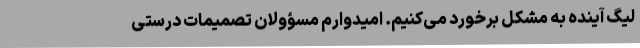
لیگ آینده به مشکل برخورد می‌کنیم. امیدوارم مسؤولان تصمیمات درستی